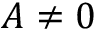
A \neq 0